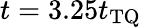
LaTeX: t=3.25t_{\mathrm{TQ}}